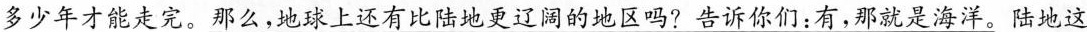
多少年才能走完。那么，地球上还有比陆地更辽阔的地区吗?告诉你们：有，那就是海洋。陆地这